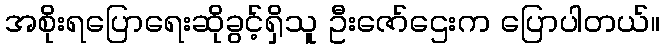
အစိုးရပြောရေးဆိုခွင့်ရှိသူ ဦးဇော်ဌေးက ပြောပါတယ်။